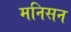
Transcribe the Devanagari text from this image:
मनिसन